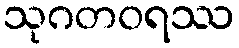
သုဂတဝရဿ